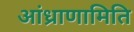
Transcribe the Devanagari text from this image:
आंध्राणामिति